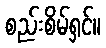
စည်းစိမ်ရှင်။